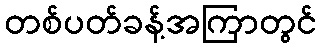
တစ်ပတ်ခန့်အကြာတွင်